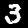
Digit: 3